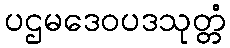
ပဌမဒေဝပဒသုတ္တံ